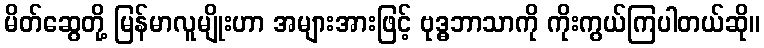
မိတ်ဆွေတို့ မြန်မာလူမျိုးဟာ အများအားဖြင့် ဗုဒ္ဓဘာသာကို ကိုးကွယ်ကြပါတယ်ဆို။